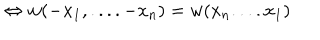
\Leftrightarrow w ( - x _ { 1 } , . . . . - x _ { n } ) = w ( x _ { n } . . . . x _ { 1 } )